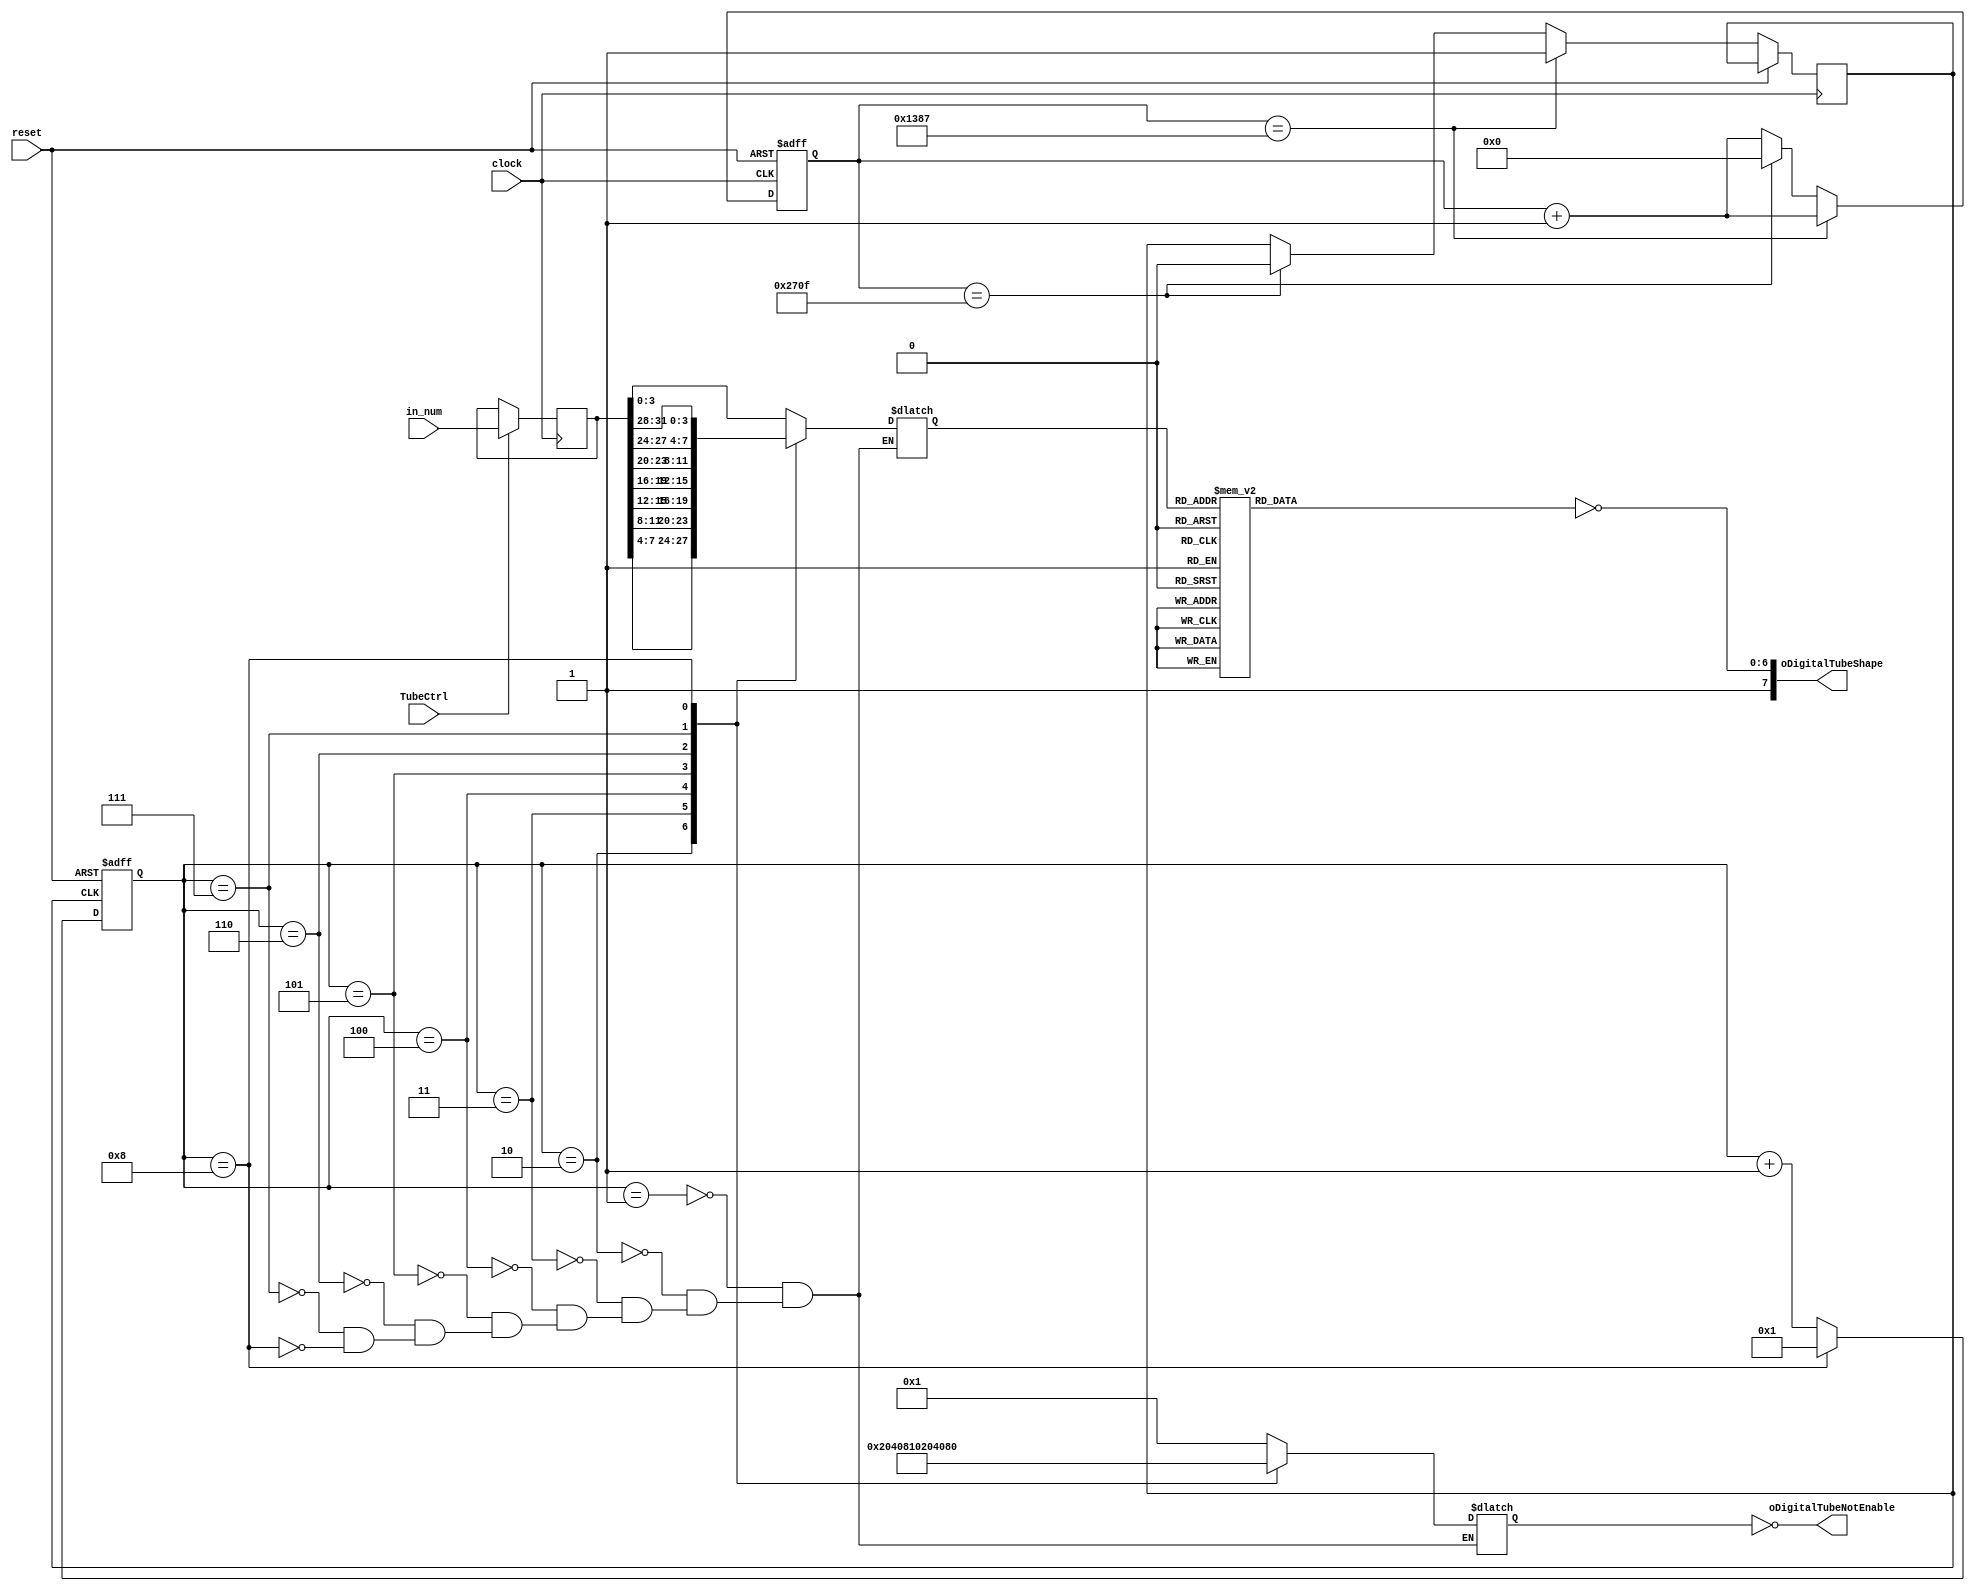
`timescale 1ns / 1ps
module TubeDriver(clock, reset, TubeCtrl, oDigitalTubeNotEnable, oDigitalTubeShape, in_num);
    input clock, reset, TubeCtrl;
    output wire [7:0] oDigitalTubeNotEnable;
    output wire [7:0] oDigitalTubeShape;
    input [31:0] in_num; // The input from the top module. Just like the led.
    reg [31:0] in_num_temp;
    reg [7:0] Dig_r; // The rnverse of Digital selection.
    reg [6:0] Y_r; // The reverse of Digital.
    wire rst;
    assign oDigitalTubeNotEnable = ~Dig_r;
    assign oDigitalTubeShape = {{1'b1},{~Y_r}}; //this is notenable,
    assign rst =~reset;//1
    reg clk;
    reg [31:0] clk_cnt;
    reg [3:0] scanner_cnt;
    initial begin
        clk = 1'b0;
    end
 always@(posedge clock) begin
 if (TubeCtrl) begin
    in_num_temp <= in_num;
   end
   else begin
        in_num_temp <= in_num_temp;
    end
 end
    parameter half_period =10000;//clock
    always @(posedge clock or negedge rst) begin
        if (!rst)
            clk_cnt <= 0;
        else  begin  
            clk_cnt <= clk_cnt + 1;
            if (clk_cnt  == (half_period >> 1) - 1)               
                clk <= 1'b1;
            else if (clk_cnt == half_period - 1) begin 
                clk <= 1'b0;
                clk_cnt <= 32'h00000000;      
            end
        end
    end

    always @(posedge clk or negedge rst) begin 
        if (!rst) begin
            scanner_cnt <= 4'b0000;
        end
        else begin
            scanner_cnt <= scanner_cnt + 1'b1;    
            if(scanner_cnt == 4'd8)  begin
                scanner_cnt <= 4'b0001;
            end
        end 
    end
    //2EGO1
    always @(scanner_cnt) begin
            case(scanner_cnt)
                4'b0001 : Dig_r <= 8'b0000_0001;    
                4'b0010 : Dig_r <= 8'b0000_0010;    
                4'b0011 : Dig_r <= 8'b0000_0100;    
                4'b0100 : Dig_r <= 8'b0000_1000;    
                4'b0101 : Dig_r <= 8'b0001_0000;    
                4'b0110 : Dig_r <= 8'b0010_0000;    
                4'b0111 : Dig_r <= 8'b0100_0000;     
                4'b1000 : Dig_r <= 8'b1000_0000;    
                default :Dig_r <= Dig_r;
            endcase
        end
     
reg [3:0] which_trans;

    always @(scanner_cnt) begin
        case(scanner_cnt)
            4'b0001 : which_trans <= in_num_temp[3:0];    
            4'b0010 : which_trans <= in_num_temp[7:4];      
            4'b0011 : which_trans <= in_num_temp[11:8];     
            4'b0100 :which_trans <= in_num_temp[15:12];      
            4'b0101 : which_trans <=in_num_temp[19:16];  
            4'b0110 : which_trans <= in_num_temp[23:20];  
            4'b0111 : which_trans <= in_num_temp[27:24];  
            4'b1000 : which_trans <= in_num_temp[31:28];  
            default :which_trans  <= which_trans;
        endcase
    end
    
    always @(which_trans) begin
    case(which_trans)//higher bit is gfdcba,dp
                     4'd0 : Y_r <=7'b0111111;
                    4'd1 : Y_r <= 7'b0000110;//1
                    4'd2 : Y_r <= 7'b1011011; // 2
                    4'd3 : Y_r <=  7'b1001111; // 3
                    4'd4 : Y_r <=  7'b1100110; // 4
                    4'd5 : Y_r <= 7'b1101101; // 5
                    4'd6 : Y_r <= 7'b1111101; // 6
                    4'd7 : Y_r <= 7'b0100111; // 7
                    4'd8 : Y_r <= 7'b1111111; // 8
                    4'd9 : Y_r <= 7'b1100111; // 9
                    4'd10: Y_r <= 7'b1110111; // A
                    4'd11: Y_r <= 7'b1111100; // B
                    4'd12: Y_r <= 7'b0111001; // C
                    4'd13:Y_r <= 7'b1011110; // D
                    4'd14: Y_r <= 7'b1111001; // E
                    4'd15: Y_r <= 7'b1110001; // F
                    default: Y_r <= Y_r;
    endcase
    end
endmodule